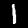
Digit: 1